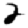
Digit: 2